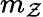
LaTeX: m_{\mathcal{Z}}